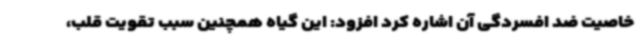
خاصیت ضد افسردگی آن اشاره کرد افزود: این گیاه همچنین سبب تقویت قلب،